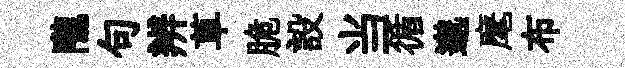
隴句辨草脆設当循邈麾布